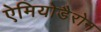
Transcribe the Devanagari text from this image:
ऐमियोडैरोन